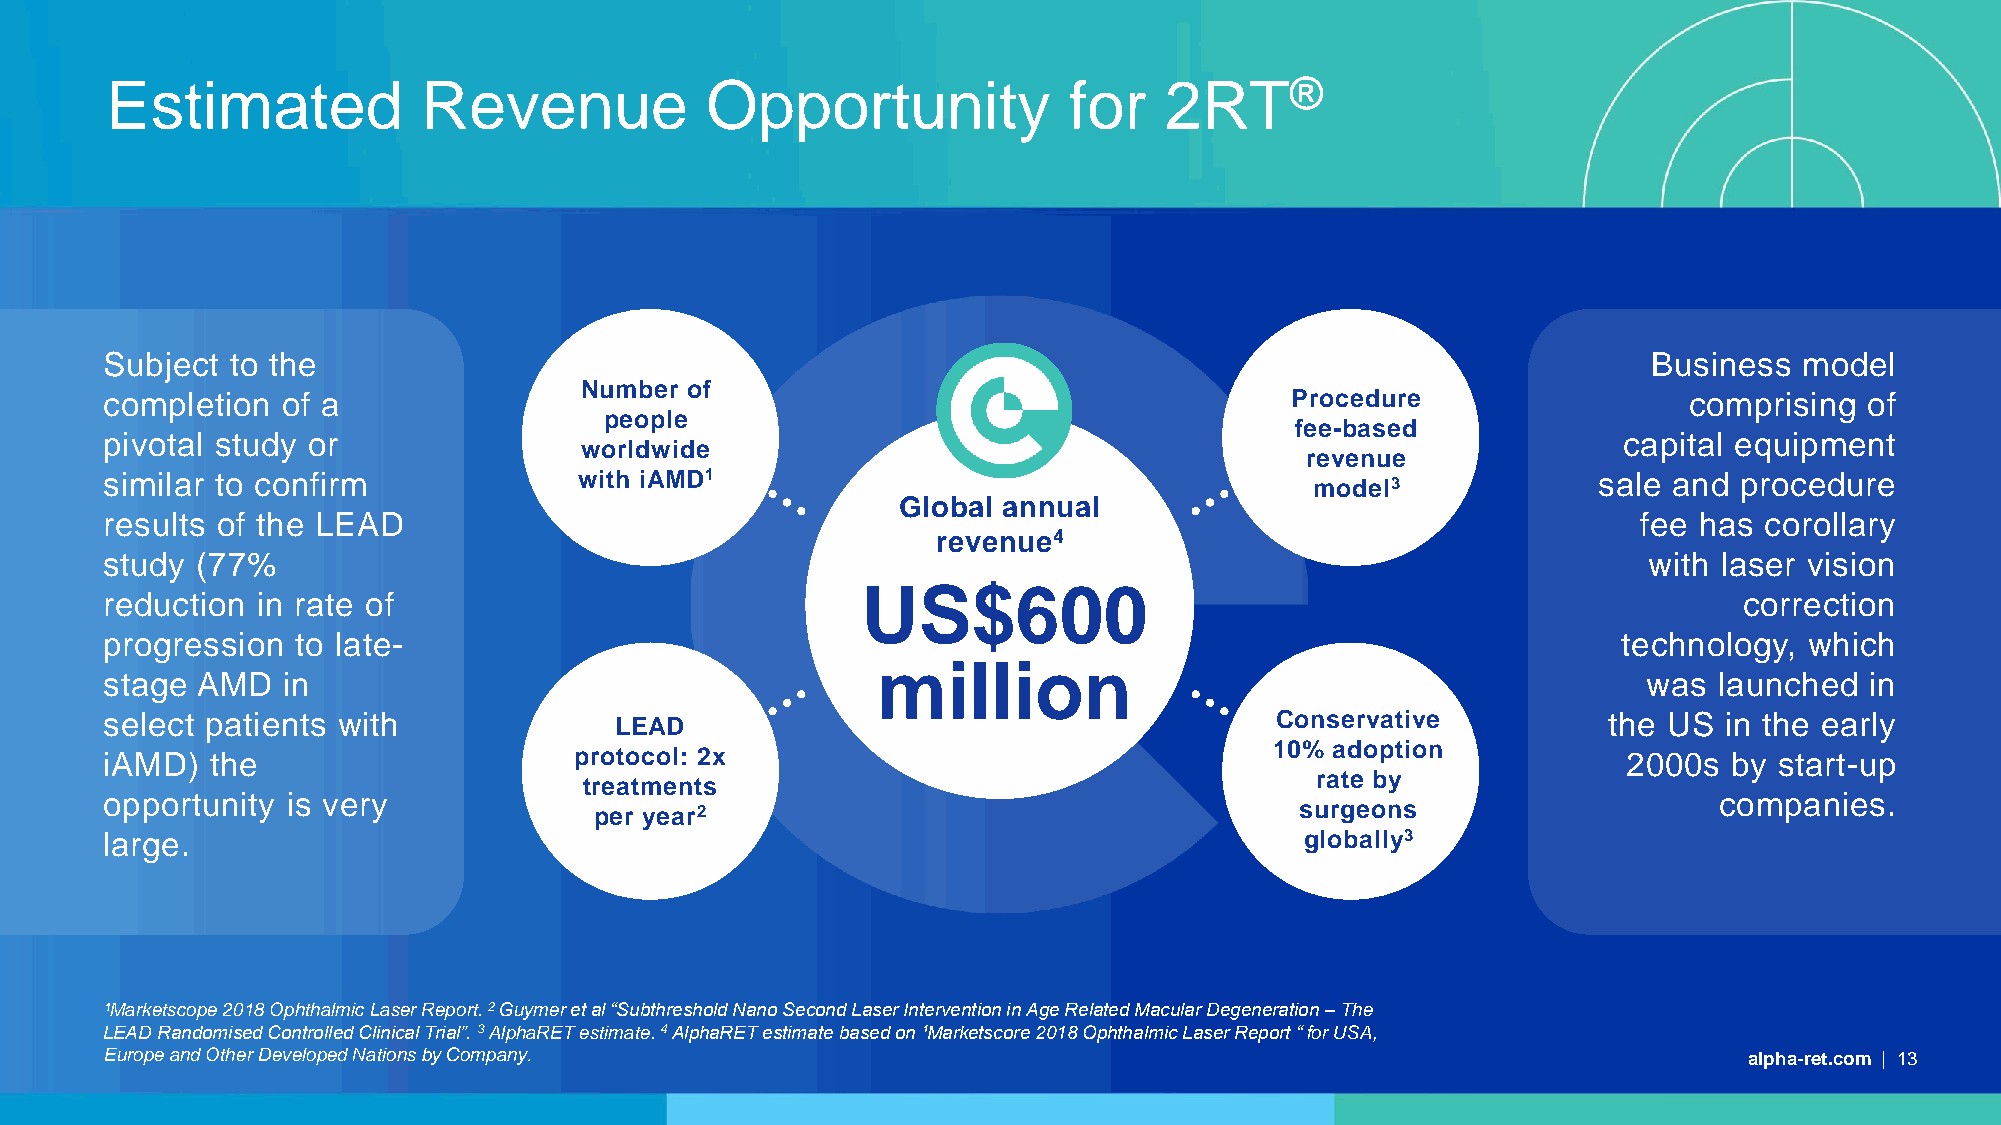
Estimated            Revenue            Opportunity             for   2RT®
 Subject to the                                                                                        Business  model
 Number of
 completion  of a                                                              Procedure                  comprising  of
 people
 fee-based
 pivotal study or                                                                                    capital equipment
 worldwide
 revenue
 similar to confirm             with iAMD1                                       model3             sale and procedure
 Global annual
 results of the LEAD                                                                                   fee has corollary
 revenue4
 study (77%                                                                                            with laser vision
 US$600
 reduction in rate of                                                                                        correction
 progression  to late-                                                                               technology,  which
 million
 stage AMD   in                                                                                        was  launched  in
 select patients with              LEAD                                       Conservative          the US  in the early
 10% adoption
 iAMD)  the                     protocol: 2x                                                          2000s  by start-up
 rate by
 treatments
 opportunity is very                                                                                        companies.
 per year2                                      surgeons
 large.                                                                         globally3
 ¹Marketscope 2018 Ophthalmic Laser Report. 2 Guymeret al “Subthreshold Nano Second Laser Intervention in Age Related Macular Degeneration –The
 LEAD Randomised Controlled Clinical Trial”. 3 AlphaRET estimate. 4AlphaRET estimate based on ¹Marketscore 2018 Ophthalmic Laser Report “for USA,
 Europe and Other Developed Nations by Company.                                                               alpha-ret.com | 13